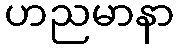
ဟညမာနာ